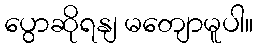
ပွောဆိုရနျ မတျောမူပါ။